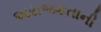
અરાજકતાની